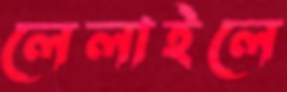
লেলাইলে